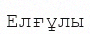
Елғұлы